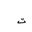
Letter: _ta